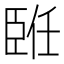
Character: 𦣨